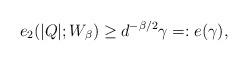
LaTeX: \begin{align*}e_2(|Q|;W_{\beta}) \geq d^{-\beta/2}\gamma =: e(\gamma),\end{align*}